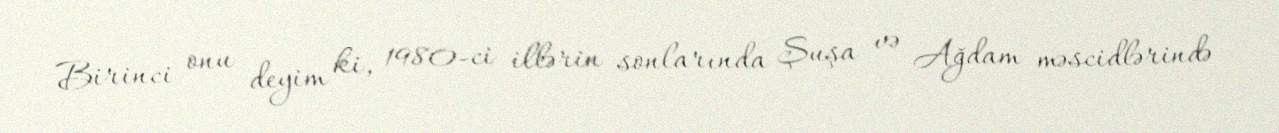
Birinci onu deyim ki, 1980-ci illərin sonlarında Şuşa və Ağdam məscidlərində